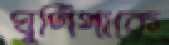
ঘুর্ণিপাকে